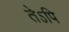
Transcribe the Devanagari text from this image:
तेऽपि